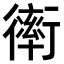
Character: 𧗿